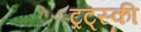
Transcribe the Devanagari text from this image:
ट्रट्स्की